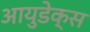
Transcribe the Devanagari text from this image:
आयुडेक्स